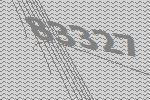
83327